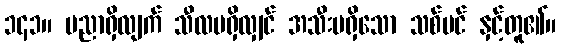
၁၄၁။ ပညာရှိလျက် သီလမရှိလျှင် အသီးမရှိသော သစ်ပင် နှင့်တူ၏။